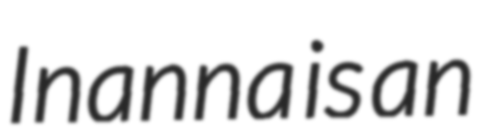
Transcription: Inanna is an